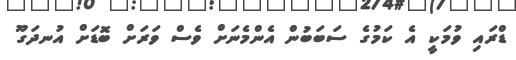
ޑްރައި ވުމަކީ އެ ކަމުގެ ސަބަބުން އެންމެނަށް ވެސް ވަރަށް ބޮޑަށް އުނދަގޫ